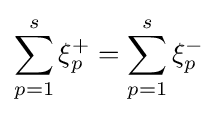
\sum _{p=1}^{s}\xi _{p}^{+}=\sum _{p=1}^{s}\xi _{p}^{-}